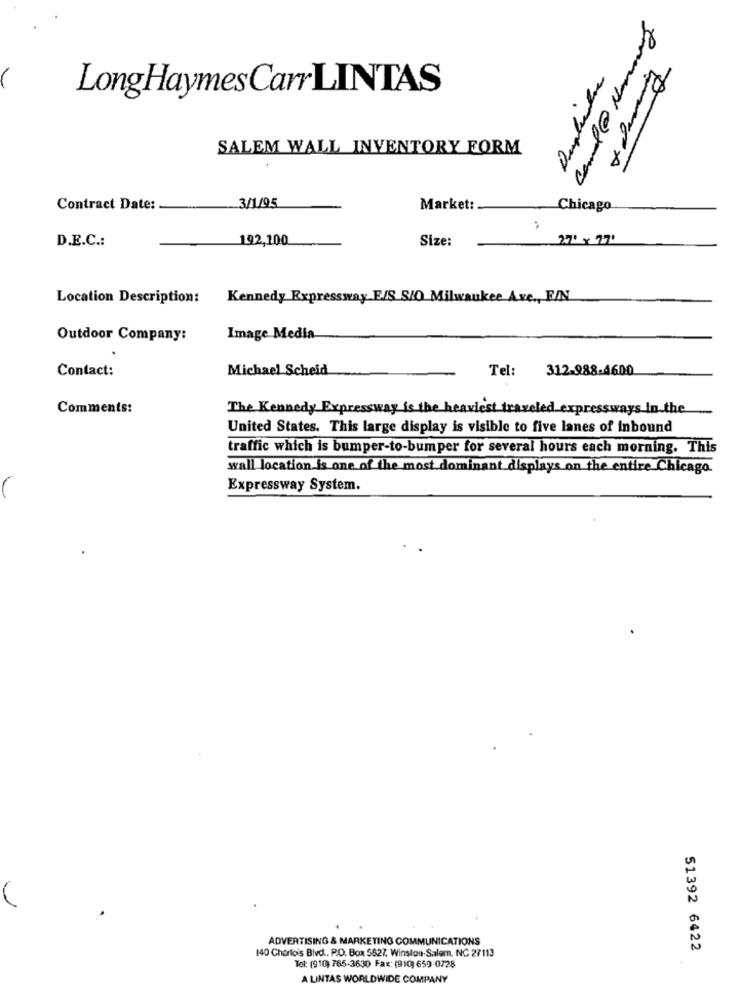
LongHaymes Carr LINTAS
SALEM WALL INVENTORY FORM
Contract Date:
3/1/95
Market:
Chicago
:
D.E.C .:
192,100
Size:
27' x 77'
Location Description:
Kennedy Expressway E/S S/O Milwaukee Ave ., F/N
Outdoor Company:
Image Media
Contact:
Michael Scheid
Tel:
312-988-4600
Comments:
The Kennedy Expressway is the heaviest traveled expressways in the
United States. This large display is visible to five lanes of inbound
traffic which is bumper-to-bumper for several hours each morning. This
wall location is one of the most dominant displays on the entire Chicago.
Expressway System.
ADVERTISING & MARKETING COMMUNICATIONS
51392 6422
140 Charlois Blvd ., P.O. Box 5527, Winston-Salem, NC 27113
Tol: (910) 765-3630 Fax: (910) 659-0728
A LINTAS WORLDWIDE COMPANY